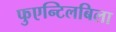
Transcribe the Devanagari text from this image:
फुएन्टिलबिला